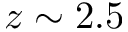
z \sim 2 . 5